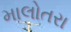
માલોતરા